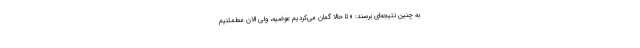
به چنین نتیجه‌ای برسند: «تا حالا گمان می‌کردیم عوضیه، ولی الان مطمئنیم